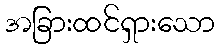
အခြားထင်ရှားသော